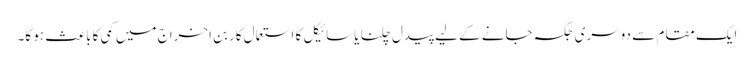
ایک مقام سے دوسری جگہ جانے کے لیے پیدل چلنا یا سائیکل کا استعمال کاربن اخراج میں کمی کا باعث ہو گا۔